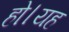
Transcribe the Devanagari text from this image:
हो।यह